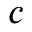
c